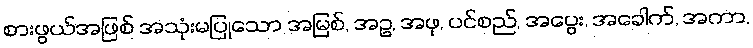
စားဖွယ်အဖြစ် အသုံးမပြုသော အမြစ်, အဥ, အဖု, ပင်စည်, အပွေး, အခေါက်, အကာ,